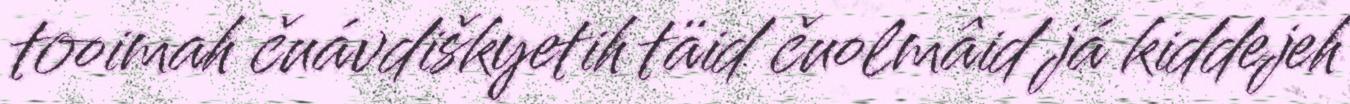
tooimah čuávdiškyetih täid čuolmâid já kiddejeh